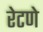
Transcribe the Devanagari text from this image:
रेटणे